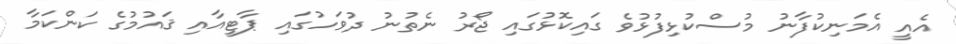
އެއީ އެމަނިކުފާނު މުސްކުޅިފުޅުވެ ގައިކޮޅުގައި ޖޯރު ނެތުނު ދުވަހުގައި ޕާޓީއާއި ޤައުމުގެ ކަންކަމާ